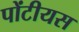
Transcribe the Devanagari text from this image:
पोंटीयस